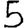
Digit: 5